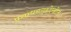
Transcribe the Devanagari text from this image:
प्रसाधनगृहदेखील